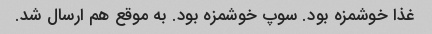
غذا خوشمزه بود. سوپ خوشمزه بود. به موقع هم ارسال شد.